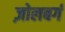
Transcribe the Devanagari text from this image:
ज़ोलबर्ग